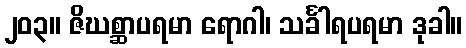
၂၀၃။ ဇိဃစ္ဆာပရမာ ရောဂါ၊ သင်္ခါရပရမာ ဒုခါ။